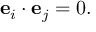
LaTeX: \mathbf { e } _ { i } \cdot \mathbf { e } _ { j } = 0 .